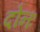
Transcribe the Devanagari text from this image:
दोनः